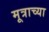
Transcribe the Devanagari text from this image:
मूत्राच्या